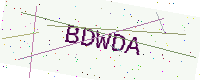
Text: BDWDA